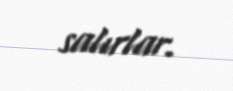
salırlar.